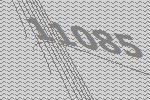
11085